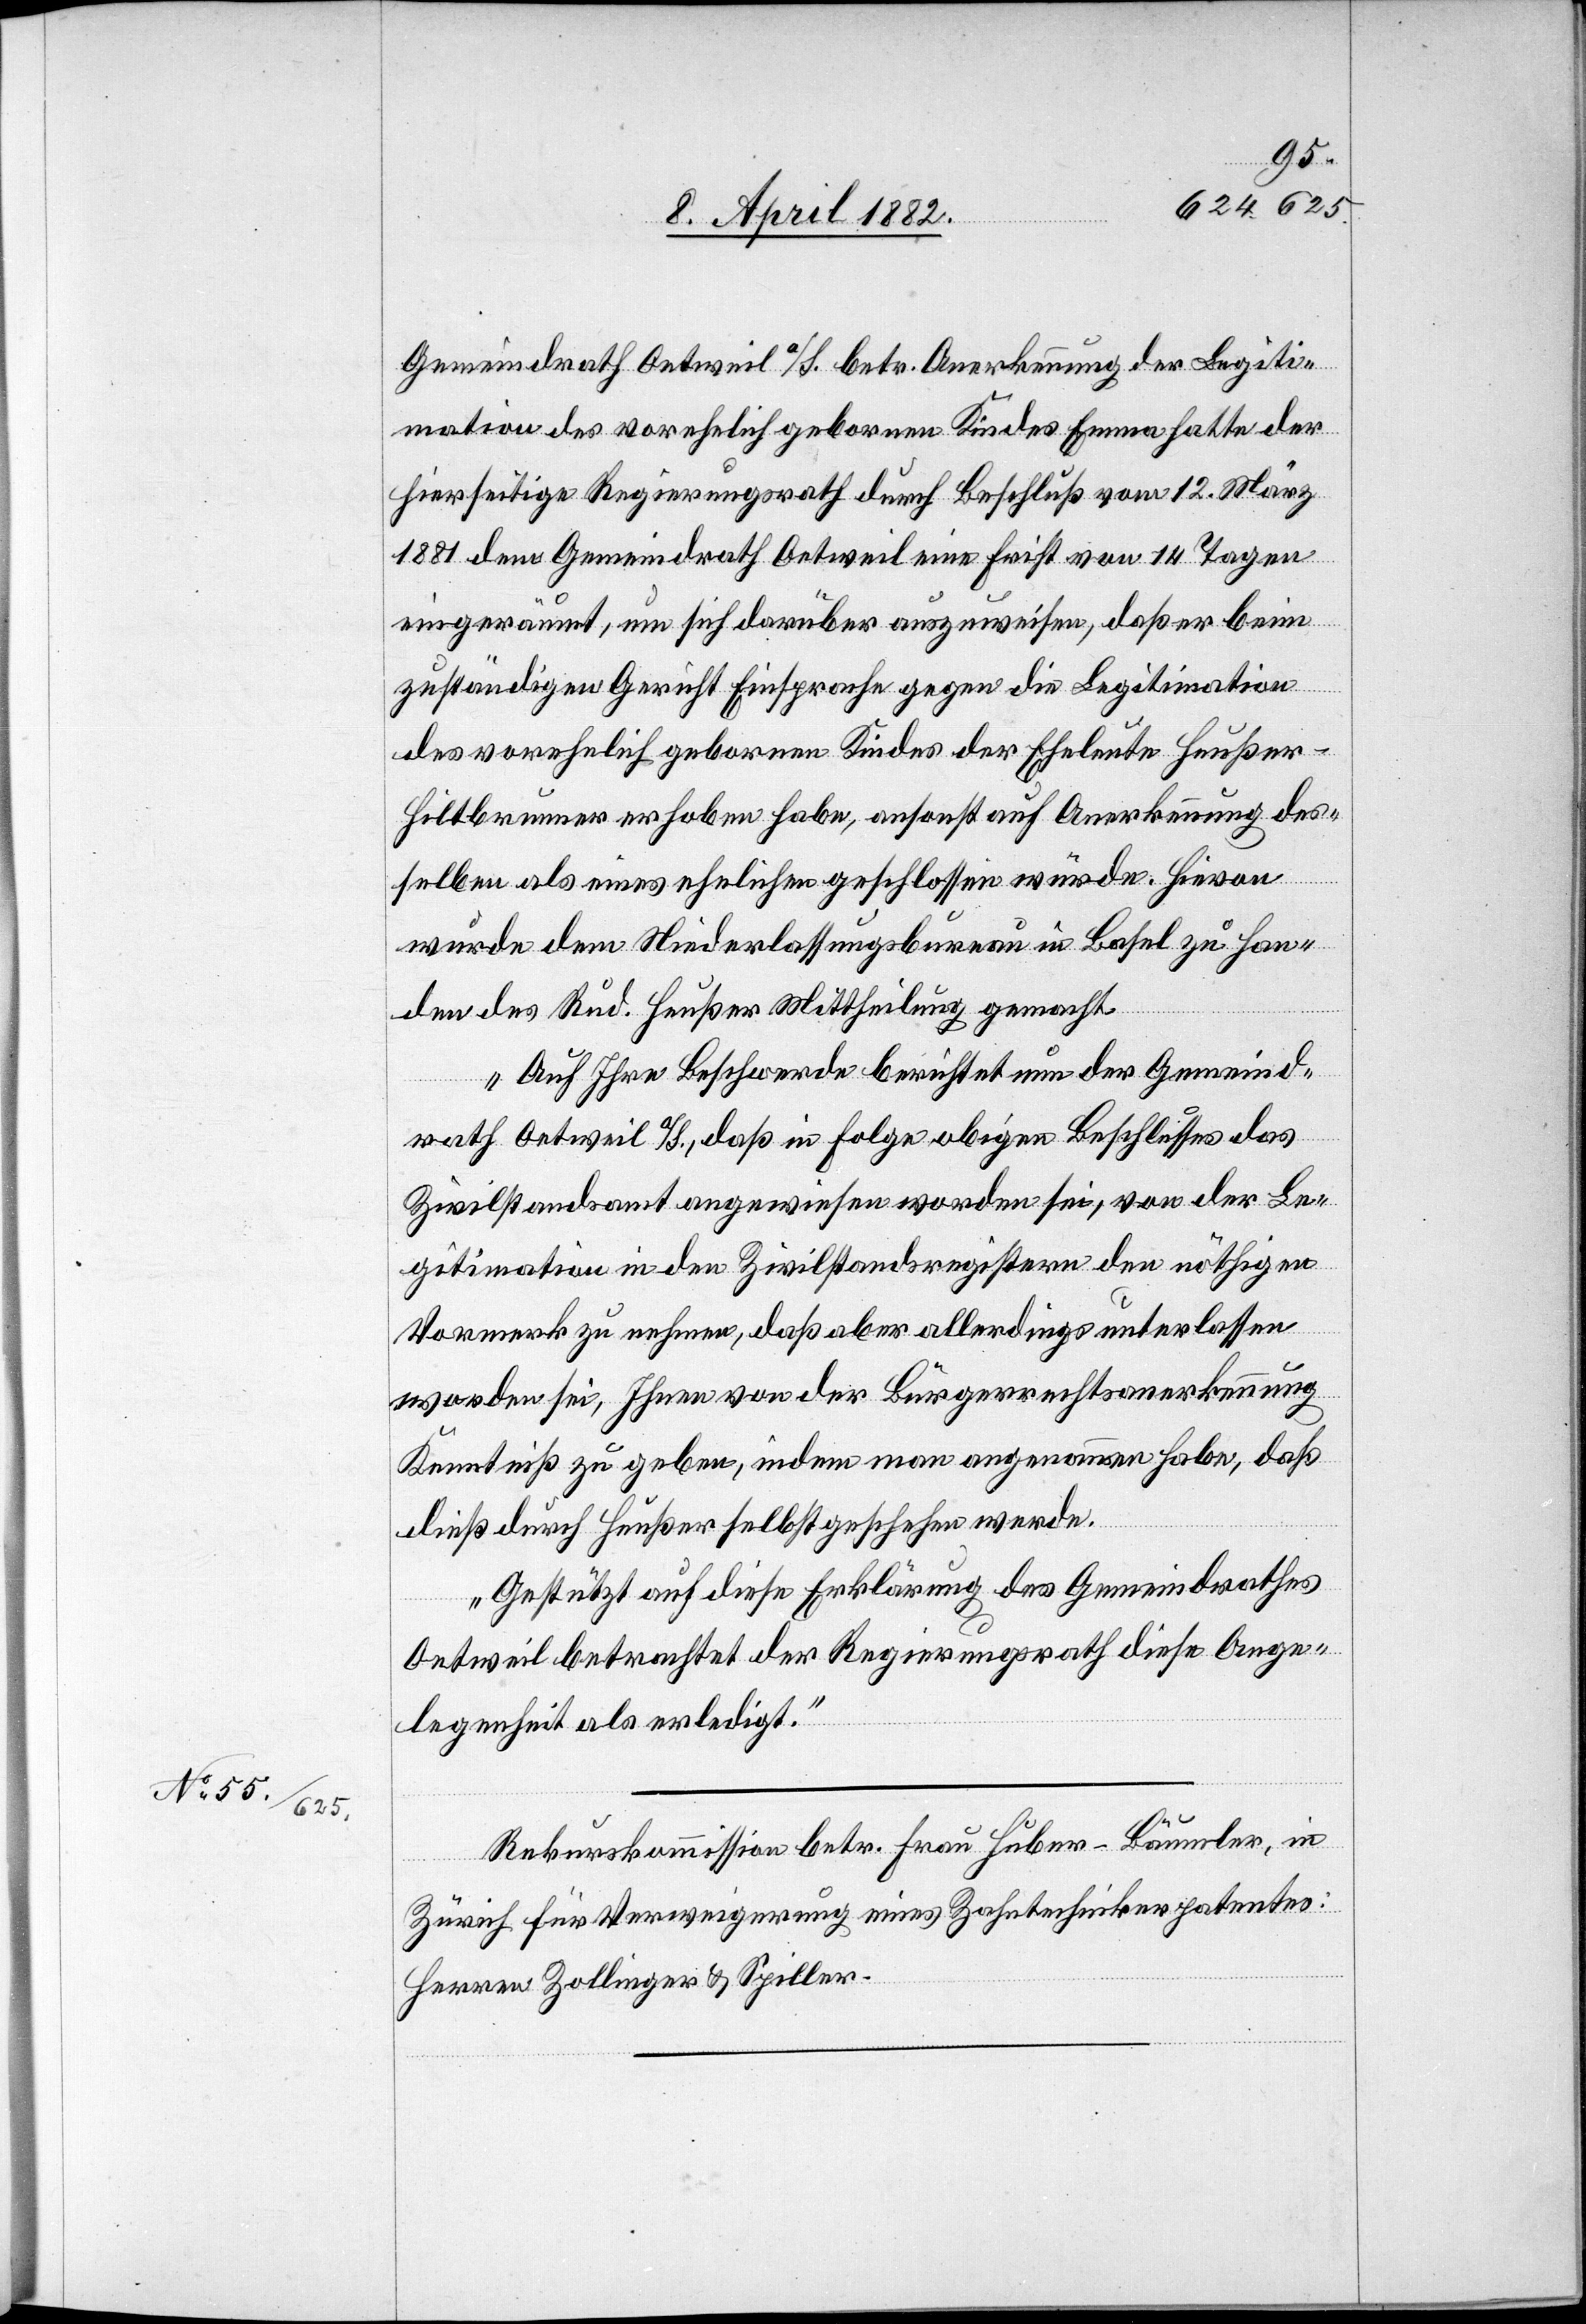
Gemeindrath Oetweil a/S. betr. Anerkennung der Legiti¬
mation des vorehelich gebornen Kindes Emma hatte der
hierseitige Regierungsrath durch Beschluß vom 12. März
1881 dem Gemeindrath Oetweil eine Frist von 14 Tagen
eingeräumt, um sich darüber auszuweisen, daß er beim
zuständigen Gericht Einsprache gegen die Legitimation
des vorehelich gebornen Kindes der Eheleute Heußer-H¬
iltbrunner erhoben habe, ansonst auf Anerkennung des¬
selben als eines ehelichen geschlossen würde. Hievon
wurde dem Niederlassungsbureau in Basel zu Han¬
den des Rud. Heußer Mittheilung gemacht.
Auf Ihre Beschwerde berichtet nun der Gemeind¬
rath Oetweil a/S., daß in Folge obigen Beschlusses das
Zivilstandsamt angewiesen worden sei, von der Le¬
gitimation in den Zivilstandsregistern den nöthigen
Vormerk zu nehmen, daß aber allerdings unterlassen
worden sei, Ihnen von der Bürgerrechtsanerkennung
Kenntniß zu geben, indem man angenommen habe, daß
dieß durch Heußer selbst geschehen werde.
Gestützt auf diese Erklärung des Gemeindrathes
Oetweil betrachtet der Regierungsrath diese Ange¬
legenheit als erledigt.“
Rekurskommission betr. Frau Huber-Bäumler, in
Zürich für Verweigerung eines Zahntechnikerpatentes:
Herren Zollinger & Spiller.